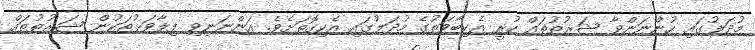
މުދަލުގައި ހުންނަންވާ ޝަރުޠުތައް ހުރީ އެކިބާވަތުގެ މުދަލުގައި އެކިގޮތަށެވެ. އަންނަނިވި ފިލާވަޅުތަކުން ޝަރުޠުތައް